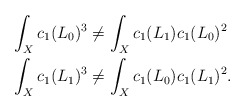
\begin{align*}\begin{aligned}\int_X c_1(L_0)^3 &\neq \int_X c_1(L_1)c_1(L_0)^2\quad\\\int_X c_1(L_1)^3 &\neq \int_X c_1(L_0)c_1(L_1)^2.\end{aligned}\end{align*}